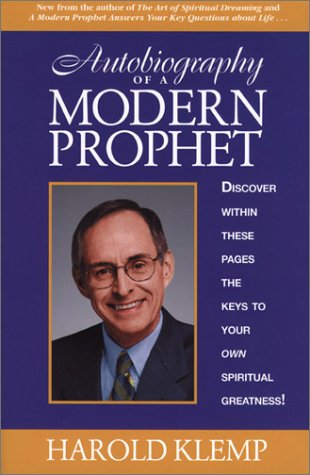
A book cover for Autobiography of a Modern Prophet; Harold Klemp; Religion & Spirituality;